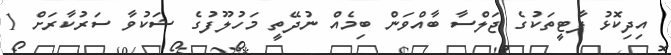
އިދިކޮޅު ޕާޓީތަކުގެ ޖަލްސާ ބާއްވަން ބިމެއް ނުދޭތީ މަހުލޫފުގެ ޝަކުވާ ސަރުކާރަށް 1